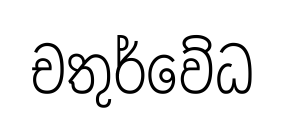
චතුර්වේධ